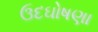
ઉદઘોષણા